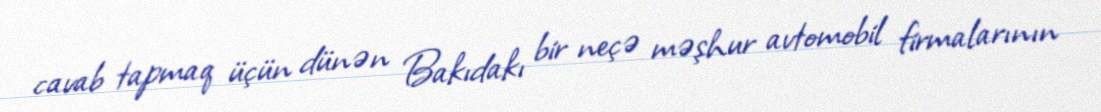
cavab tapmaq üçün dünən Bakıdakı bir neçə məşhur avtomobil firmalarının